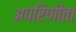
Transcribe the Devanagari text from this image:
अपरिणीता